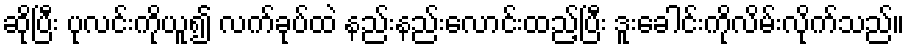
ဆိုပြီး ပုလင်းကိုယူ၍ လက်ခုပ်ထဲ နည်းနည်းလောင်းထည့်ပြီး ဒူးခေါင်းကိုလိမ်းလိုက်သည်။